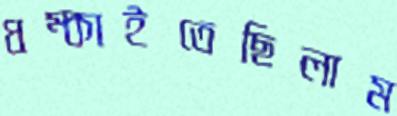
ধম্‌কাইতেছিলাম